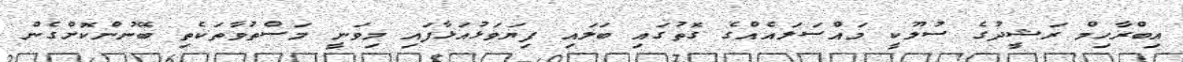
އިބްރާހިމް ރަޝީދުގެ ސުލޫކީ މައްސަލައެއްގެ ގޮތުގައި ބަލައި ފިޔަވަޅުއަޅާފައި މިވަނީ މަސްތުވާތަކެތި ބޭނުންކޮށްގެން